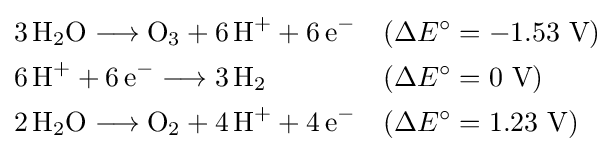
{\begin{aligned}&{3\,\mathrm {H} {\vphantom {A}}_{\smash[{t}]{2}}\mathrm {O} {}\mathrel {\longrightarrow } {}\mathrm {O} {\vphantom {A}}_{\smash[{t}]{3}}{}+{}6\,\mathrm {H} {\vphantom {A}}^{+}{}+{}6\,\mathrm {e} {\vphantom {A}}^{-}}&&(\Delta E^{\circ }=-{\text{1.53 V}})\\&{6\,\mathrm {H} {\vphantom {A}}^{+}{}+{}6\,\mathrm {e} {\vphantom {A}}^{-}{}\mathrel {\longrightarrow } {}3\,\mathrm {H} {\vphantom {A}}_{\smash[{t}]{2}}}&&(\Delta E^{\circ }={\text{0 V}})\\&{2\,\mathrm {H} {\vphantom {A}}_{\smash[{t}]{2}}\mathrm {O} {}\mathrel {\longrightarrow } {}\mathrm {O} {\vphantom {A}}_{\smash[{t}]{2}}{}+{}4\,\mathrm {H} {\vphantom {A}}^{+}{}+{}4\,\mathrm {e} {\vphantom {A}}^{-}}&&(\Delta E^{\circ }={\text{1.23 V}})\end{aligned}}